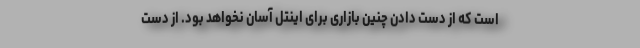
است که از دست دادن چنین بازاری برای اینتل آسان نخواهد بود. از دست